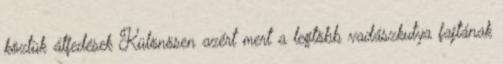
köztük átfedések Különösen azért mert a legtöbb vadászkutya fajtának